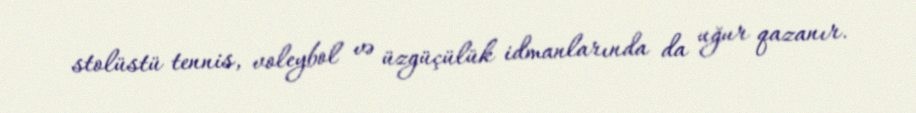
stolüstü tennis, voleybol və üzgüçülük idmanlarında da uğur qazanır.